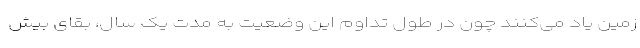
زمین یاد می‌کنند چون در طول تداوم این وضعیت به مدت یک سال، بقای بیش